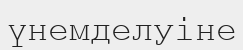
үнемделуіне